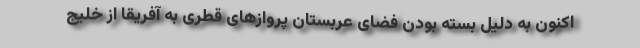
اکنون به دلیل بسته بودن فضای عربستان پروازهای قطری به آفریقا از خلیج